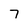
Character: 7